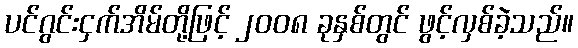
ပင်ဂွင်းငှက်အိမ်တို့ဖြင့် ၂၀၀၈ ခုနှစ်တွင် ဖွင့်လှစ်ခဲ့သည်။